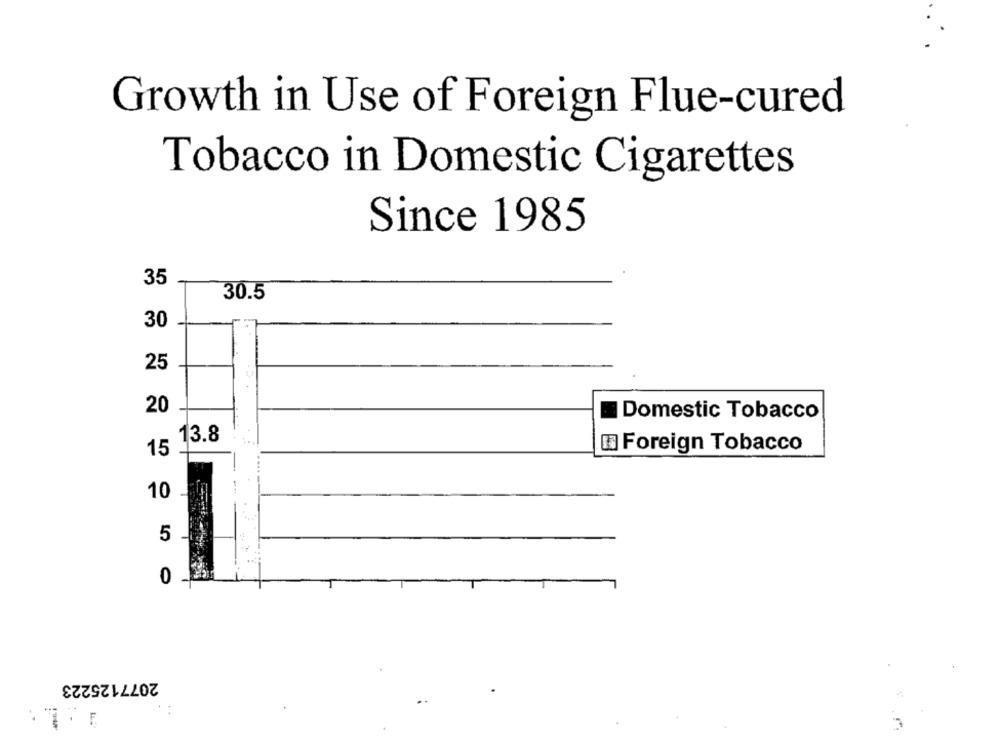
Growth in Use of Foreign Flue-cured
Tobacco in Domestic Cigarettes
Since 1985
35
30.5
30
25
20
Domestic Tobacco
13.8
15
1 Foreign Tobacco
.....
--
10
5
2077125223